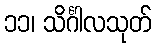
၁၁၊ သိင်္ဂါလသုတ်